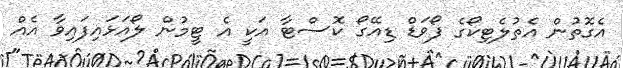
އެގޮތުން އެތުލެޓިކޯގެ ފޯވަޑް ޑިއޭގޯ ކޮސްޓާ އަކީ އެ ޓީމުން ލޯއަޅައިފައިވާ އެއް